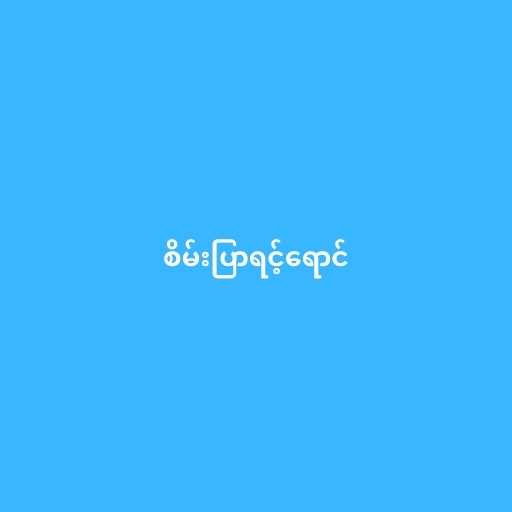
စိမ်းပြာရင့်ရောင်